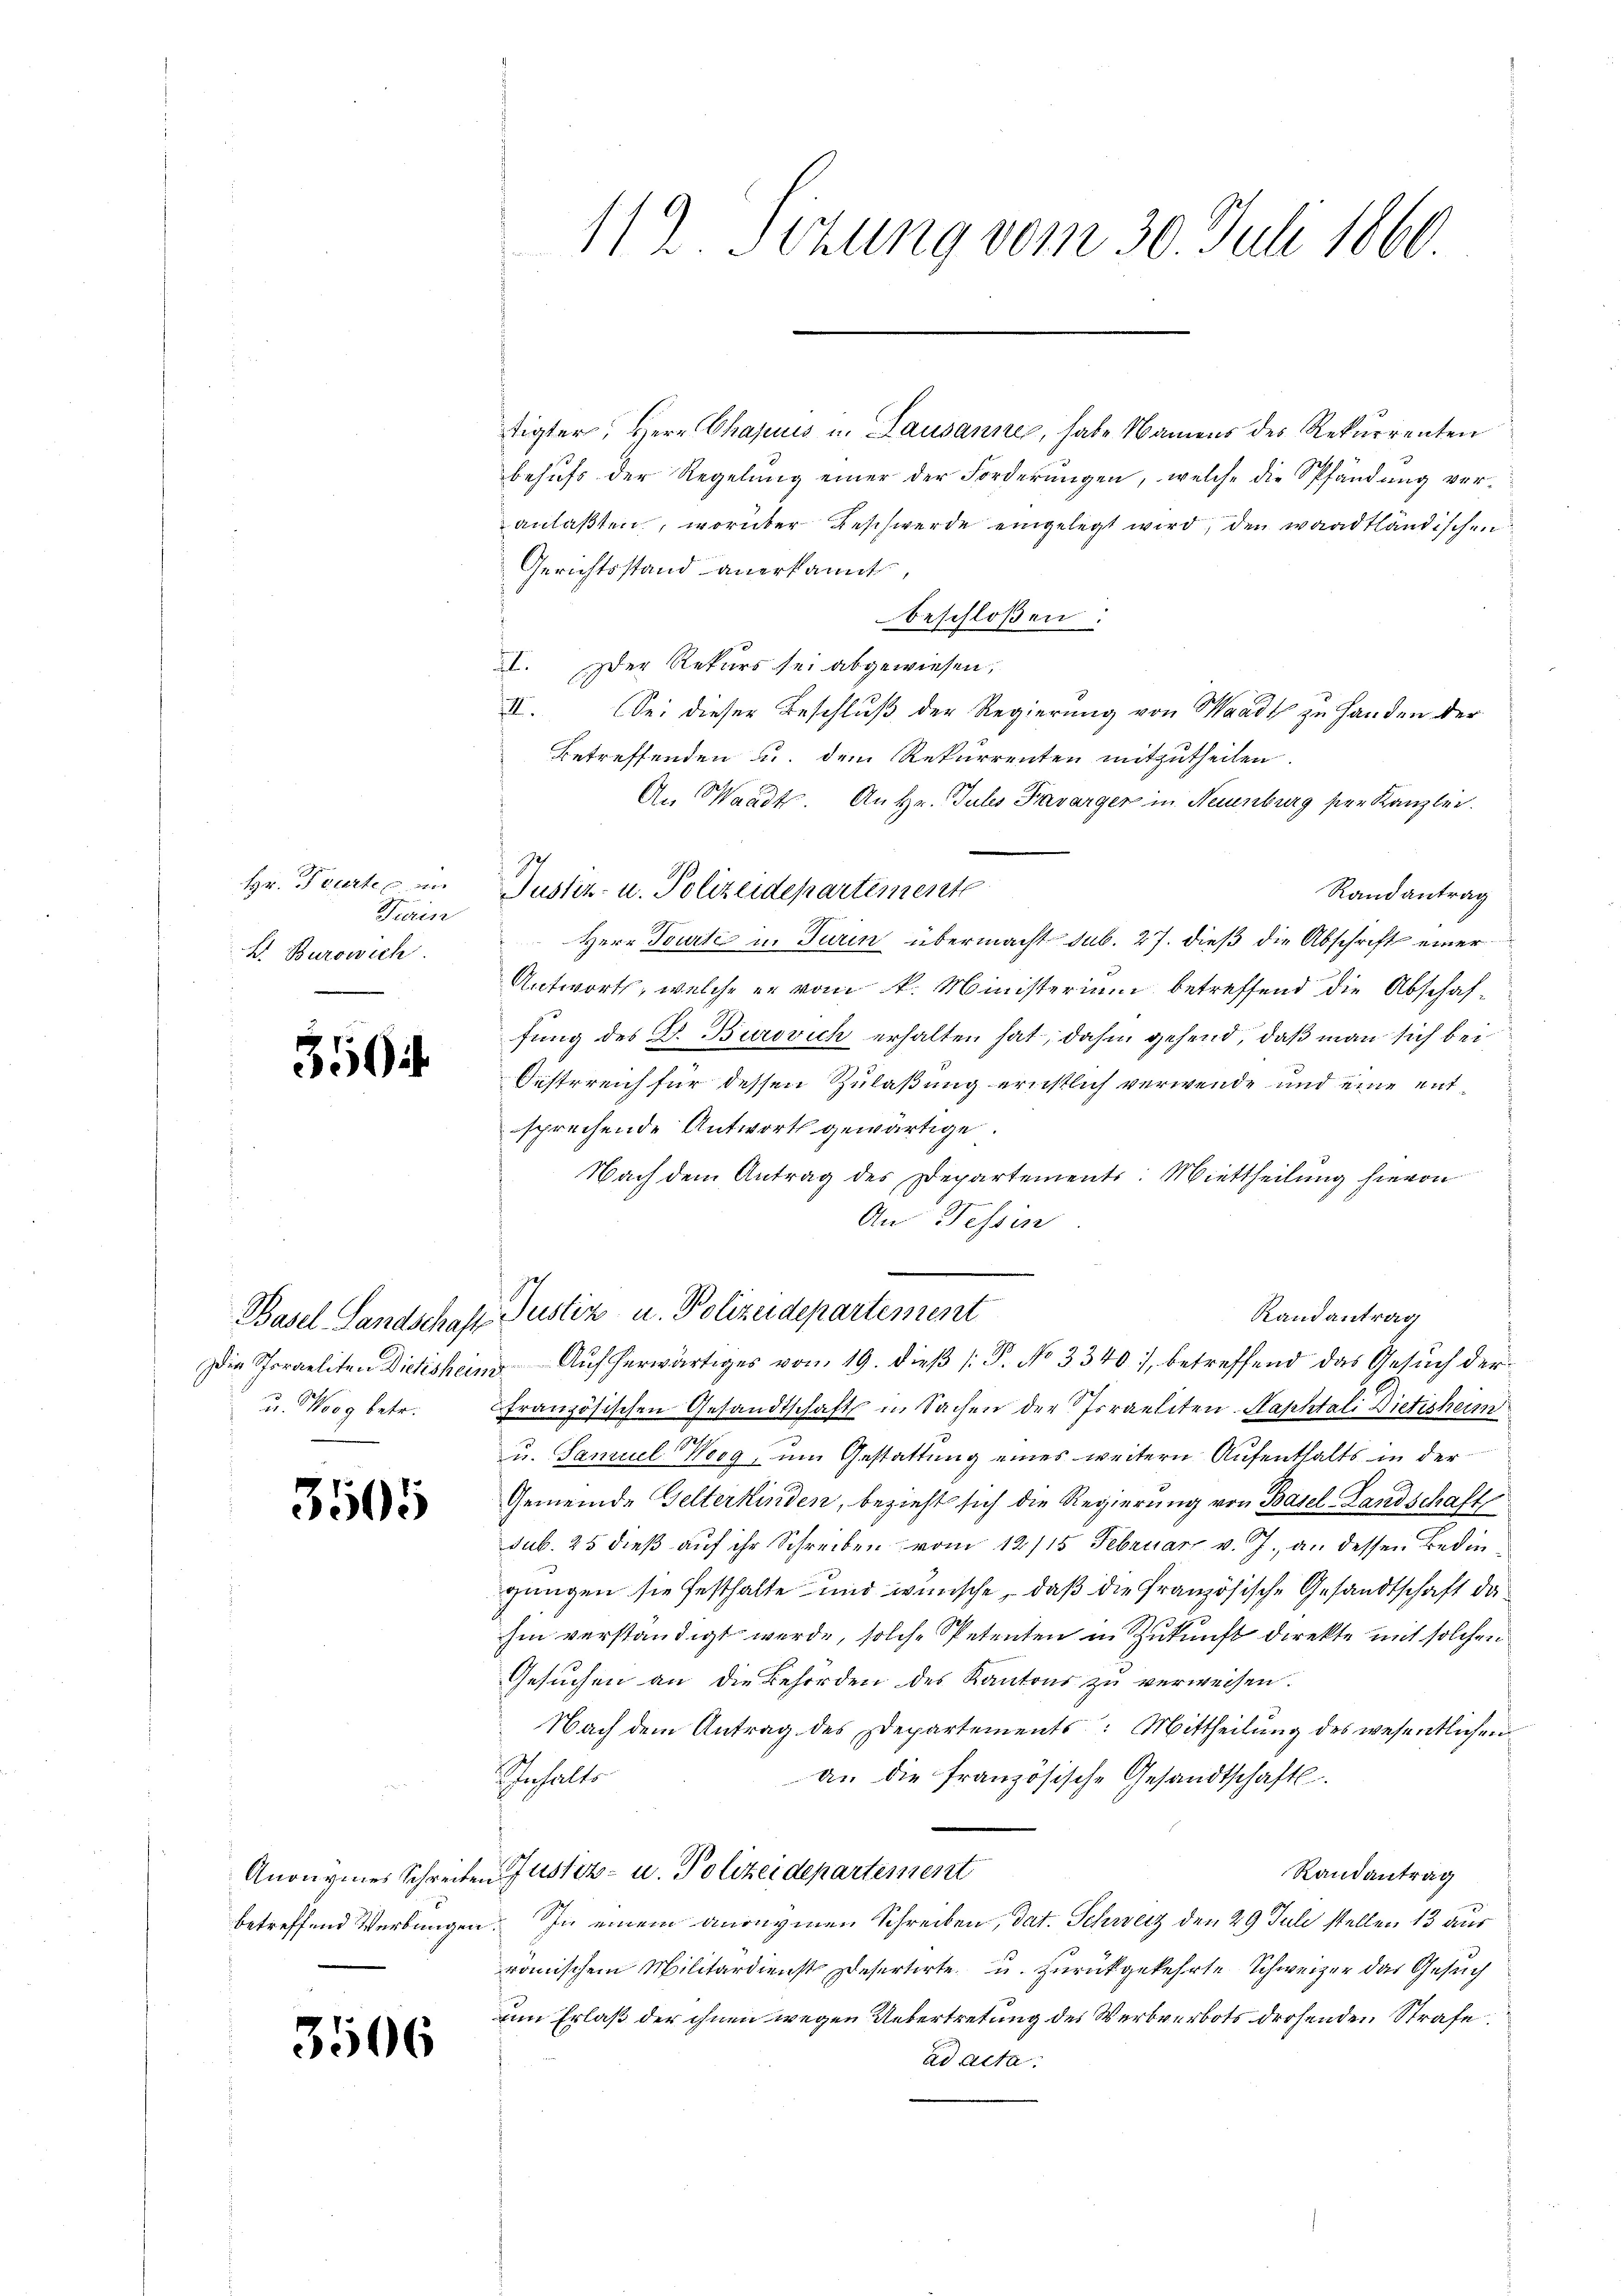
Hr. Parten
Firin
L. Burowich

35

Basel Landschaft
Die Sporaeliten Dictisheim
u. Morg betr.

3505

Anonymes Schreibe.
betreffend Werbungen

3506

tigter, Herr Chajuis u. Lausanne, habe Namens des Rekurrenten
behufs der Regelung einer der Forderungen, welche die Spfändung ver-
anlaßten, worüber Beschwerde eingelegt wird, den waadtländischen
Gerichtsstand anerkannt,
beschloßen:
I. Der Rekurs sei abgewiesen,
II. Sei dieser Beschluß der Regierung von Waadt zu Handen der
Betreffenden u. dem Rekurrenten mitzutheilen.
An Waadt. An Hr. Julis Bavarger in Neuenburg seien Kanzler.
Justiz- u. Polizeidepartemente
Randantrag
Herr Tourte in Turin übermacht sub. 27. dieß die Abschrift einer
Antworts, welche er vom k. Ministerium betreffend die Abschaffung des Th. Burovich erhalten hat; dahin gehend, daß man sich bei
Oesterreich für dessen Zulaßung ernstlich verwende und eine ent
sprechende Antworts gewärtige.
Nach dem Antrag des Departements: Mittheilung hievon
An Tessin
Justiz u. Polizeidepartement
Randantrag
Auf herwärtiges vom 19. dieß P. No 3340), betreffend das Gesuch der
französischen Gesandtschaft in Sachen der Israeliten-Naphtali Dietisheim
u. Samuel Werg, um Gestattung eines weitern Aufenthalts in der
Gemeinde Gelterkinden, bezieht sich die Regierung von Basel-Landschaft
sub. 25 dieß auf ihr Schreiben vom 12/15. Februarz v. J. an dessen Bedingungen sie festhalte und wünsche, daß die französische Gesandtschaft dahin verständigt werde, solche Petenten in Zukunft direkte mit solchen
Gesuchen an die Behörden des Kantons zu verweisen.
Nach dem Antrag des Departements: Mittheilung des wesentlichen
Inhalts
an die französische Gesandtschaftl.
Gustiz- u. Polizeidepartement
Randantrag
In einem angegenen Schreiben, dat. Schweiz den 29 Juli stellen 13 aus
romischen Militärdienst Desertirte u. zurückgekehrte Schweizer das Gesuch
um Erlaß der ihnen wegen Uebertretung des Werbverbots drohenden Strafe
ad acta.

112. Sitzung vom 30. Juli 1860